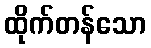
ထိုက်တန်သော